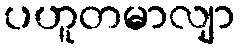
ပဟူတမာလျာ